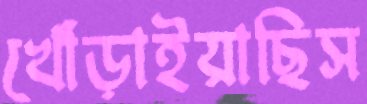
খোঁড়াইয়াছিস